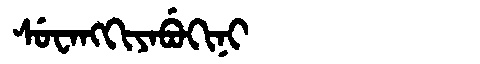
Manchu: ᠰᡠᠸᠠᠩᡴᡳᠶᠠᠪᡠᡴᡳᠨᡳ
Romanization: SUWANGKIYABUKINI